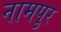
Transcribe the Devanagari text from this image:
नामपुर